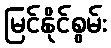
မြင်နိုင်စွမ်း